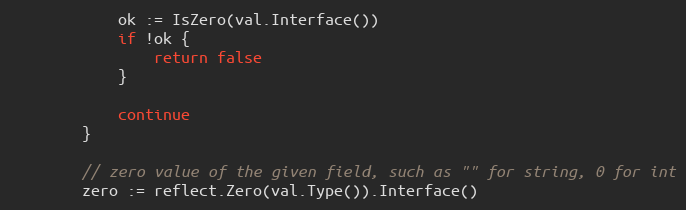
Language: Go
			ok := IsZero(val.Interface())
			if !ok {
				return false
			}

			continue
		}

		// zero value of the given field, such as "" for string, 0 for int
		zero := reflect.Zero(val.Type()).Interface()